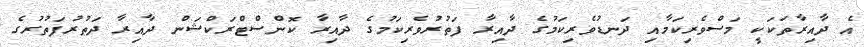
އެ ދާއިރާތަކަކީ މަސްވެރިކަމާއި ދަނޑުވެރިކަމުގެ ދާއިރާ ފަތުރުވެރިކަމުގެ ދާއިރާ ކޮންސްޓްރަކްޝަން ދާއިރާ ދަތުރުފަތުރުގެ